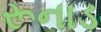
રૂનાડ